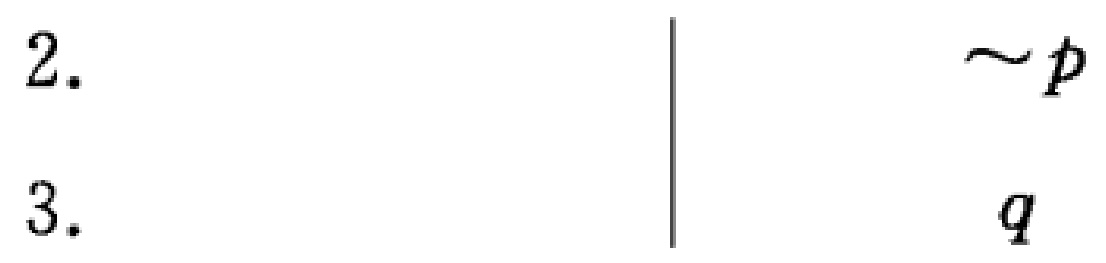
2. $\sim p$
3. $q$